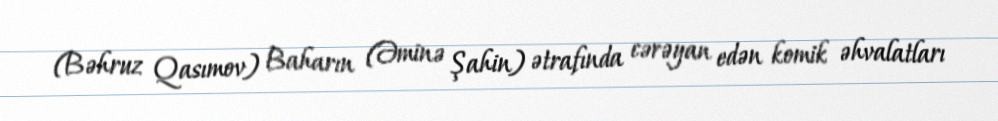
(Bəhruz Qasımov) Baharın (Əminə Şahin) ətrafında cərəyan edən komik əhvalatları